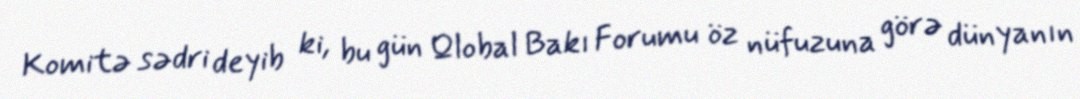
Komitə sədri deyib ki, bu gün Qlobal Bakı Forumu öz nüfuzuna görə dünyanın